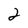
Character: 2